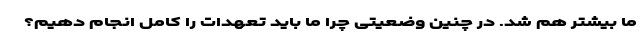
ما بیشتر هم شد. در چنین وضعیتی چرا ما باید تعهدات را کامل انجام دهیم؟